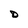
Character: D